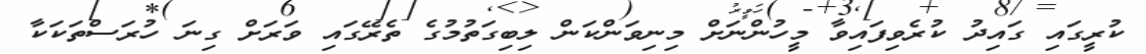
ކުރީގައި ގައިދު ކުރެވިފައިވާ މީހުންނަށް މިނިވަންކަން ލިބިގަތުމުގެ ތެރޭގައި ވަރަށް ގިނަ ހުރަސްތަކަކާ